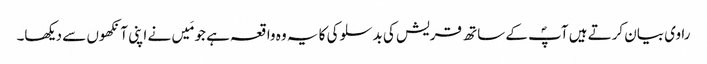
راوی بیان کرتے ہیں آپؐ کے ساتھ قریش کی بدسلوکی کا یہ وہ واقعہ ہے جو مَیں نے اپنی آنکھوں سے دیکھا۔